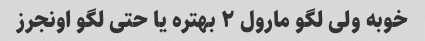
خوبه ولی لگو مارول ۲ بهتره یا حتی لگو اونجرز